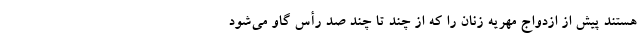
هستند پیش از ازدواج مهریه زنان را که از چند تا چند صد رأس گاو می‌شود